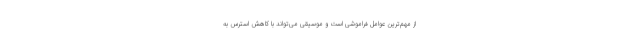
از مهم‌ترین عوامل فراموشی است و موسیقی می‌تواند با کاهش استرس به